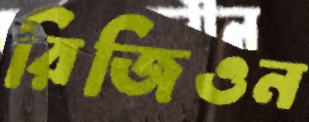
রিজিওন